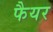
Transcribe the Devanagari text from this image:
फैयर